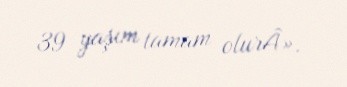
39 yaşım tamam olurÂ».